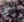
وكاد